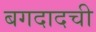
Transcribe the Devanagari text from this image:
बगदादची